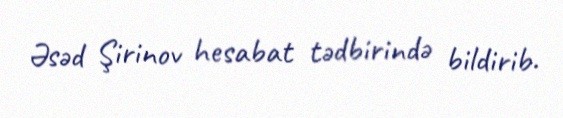
Əsəd Şirinov hesabat tədbirində bildirib.